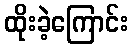
ထိုးခဲ့ကြောင်း